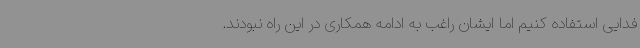
فدایی استفاده کنیم اما ایشان راغب به ادامه همکاری در این راه نبودند.